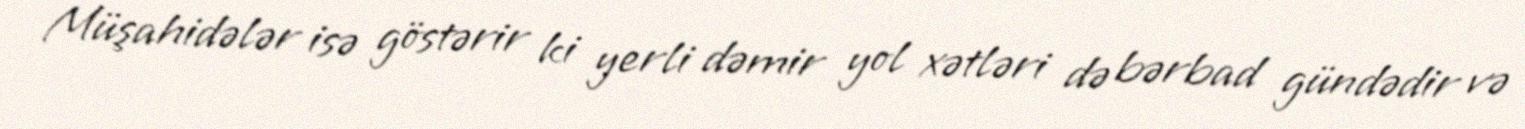
Müşahidələr isə göstərir ki yerli dəmir yol xətləri də bərbad gündədir və